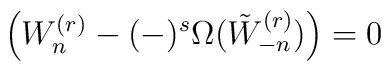
\left(W^{(r)}_{n} - (-)^s \Omega(\tilde W^{(r)}_{-n}) \right) = 0